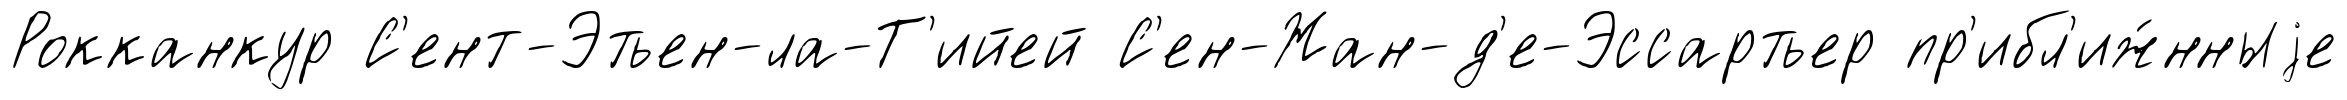
Рокканкур С'ент-Этьен-ла-Т'ийей С'ен-Жан-д'е-Эссартьер пр'ибл'иж́нныjе